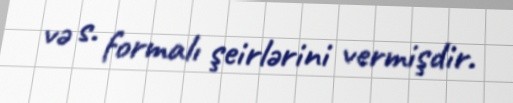
və s. formalı şeirlərini vermişdir.